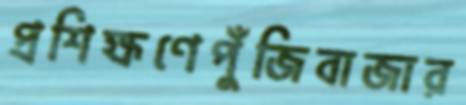
প্রশিক্ষণেপুঁজিবাজার